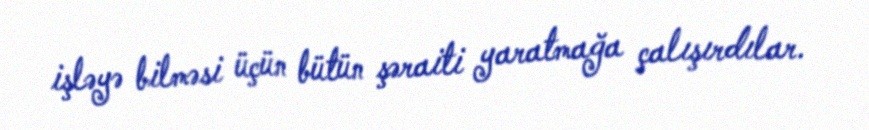
işləyə bilməsi üçün bütün şəraiti yaratmağa çalışırdılar.